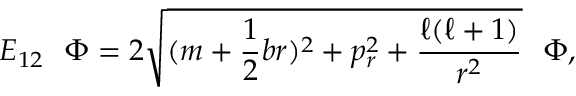
E _ { 1 2 } ~ ~ \Phi = 2 \sqrt { ( m + \frac { 1 } { 2 } b r ) ^ { 2 } + p _ { r } ^ { 2 } + \frac { \ell ( \ell + 1 ) } { r ^ { 2 } } } ~ ~ \Phi ,